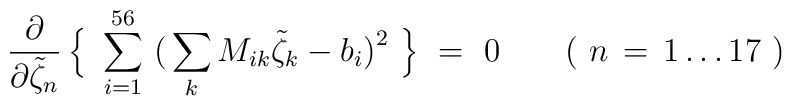
\frac{\partial}{\partial\tilde{\zeta}_n}\, \Big\{ \ \sum_{i=1}^{56} \,\big( \sum_k M_{ik}\tilde{\zeta}_k - b_i \big)^2 \ \Big\} \ =\ 0 \qquad (\ n \,=\, 1 \ldots 17 \ )